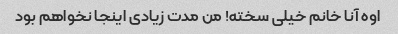
اوه آنا خانم خیلی سخته! من مدت زیادی اینجا نخواهم بود